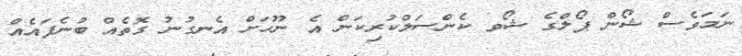
ނަމަވެސް ޝޯން ޕޯލްގެ ޝޯވ ކެންސަލްކުރިކަން އެ ނޫހަށް އެނގުނު ގޮތެއް ބުނެފައެއް